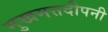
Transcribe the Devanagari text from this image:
मुखमत्तदीपनी